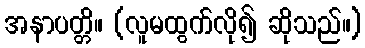
အနာပတ္တိ။ (လူမထွက်လို၍ ဆိုသည်။)